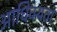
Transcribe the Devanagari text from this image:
आधिक्यता